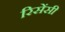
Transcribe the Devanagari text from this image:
रिसेंसी